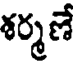
శర్మణే